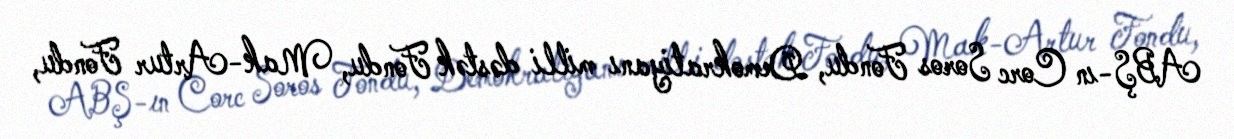
ABŞ-ın Corc Soros Fondu, Demokratiyanı milli dəstək Fondu, Mak-Artur Fondu,